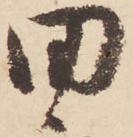
田